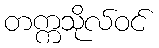
တက္ကသိုလ်ဝင်